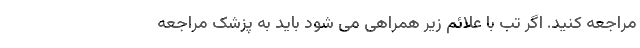
مراجعه کنید. اگر تب با علائم زیر همراهی می شود باید به پزشک مراجعه